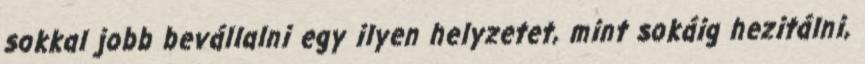
sokkal jobb bevállalni egy ilyen helyzetet, mint sokáig hezitálni,